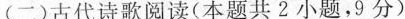
(二)古代诗歌阅读(本题共2小题，9分)